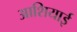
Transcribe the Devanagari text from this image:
आशियाई